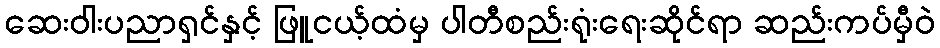
ဆေးဝါးပညာရှင်နှင့် ဖြူငယ့်ထံမှ ပါတီစည်းရုံးရေးဆိုင်ရာ ဆည်းကပ်မှီဝဲ